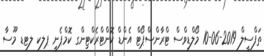
ތަފްސީލް 2019-06-10 މޯލްޑިވްސް ޓްރާންސްޕޯޓް އެންޑް ކޮންޓްރެކްޓިންގ ކޮމްޕެނީ ޕލކ ލޓޑ މޫސާ